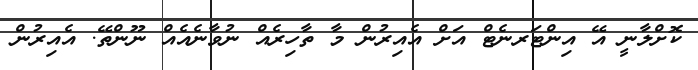
ކޮށްލާނީ އޭ އިންޓަރނެޓް އަށް އެއިރުން މާ ތާހިރެއް ނުވާނެއެއް ނޫންތޭ. އެއިރުން